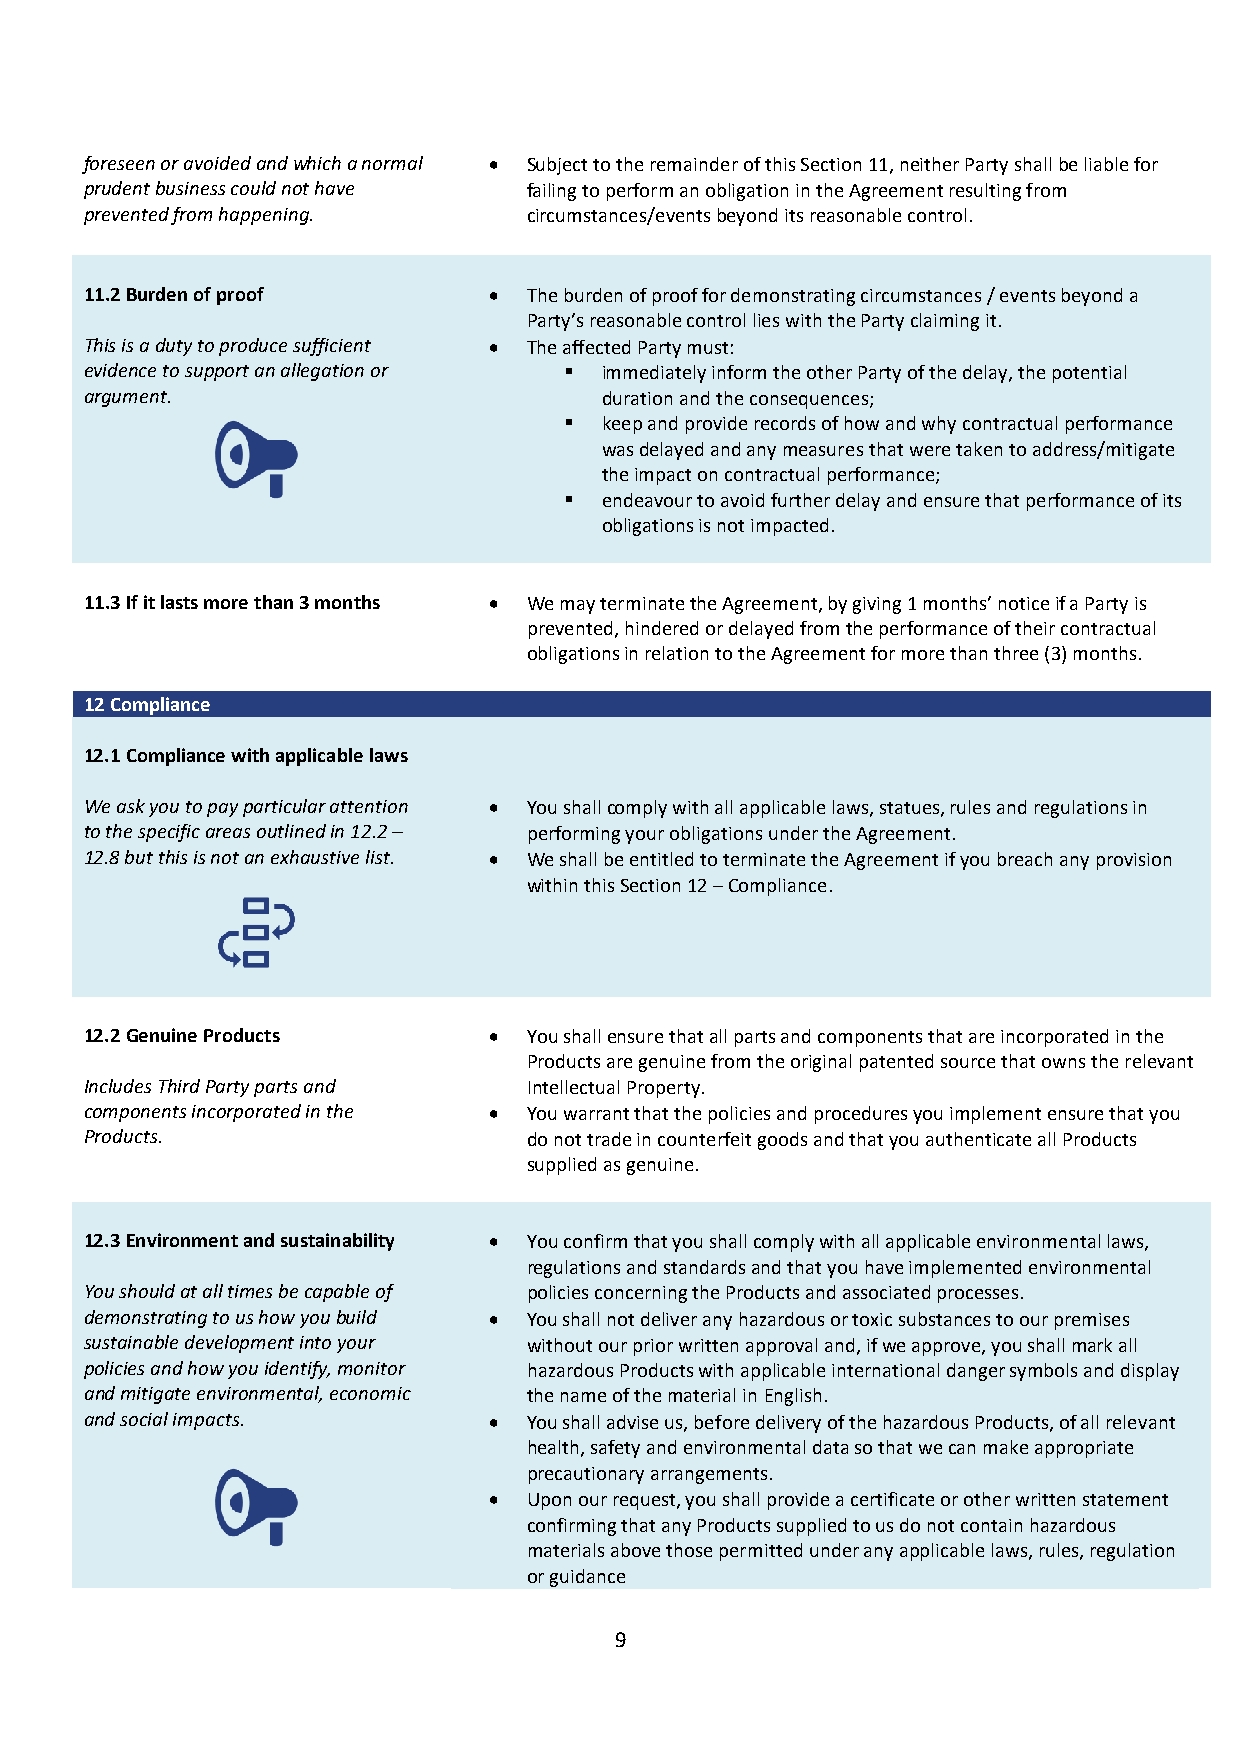
foreseen or avoided and which a normal • Subject to the remainder of this Section 11, neither Party shall be liable for
 prudent business could not have failing to perform an obligation in the Agreement resulting from
 prevented from happening.    circumstances/events beyond its reasonable control.
 11.2 Burden of proof      •  The burden of proof for demonstrating circumstances / events beyond a
 Party’s reasonable control lies with the Party claiming it.
 This is a duty to produce sufficient • The affected Party must:
 evidence to support an allegation or  immediately inform the other Party of the delay, the potential
 argument.                         duration and the consequences;
   keep and provide records of how and why contractual performance
 was delayed and any measures that were taken to address/mitigate
 the impact on contractual performance;
   endeavour to avoid further delay and ensure that performance of its
 obligations is not impacted.
 11.3 If it lasts more than 3 months • We may terminate the Agreement, by giving 1 months’ notice if a Party is
 prevented, hindered or delayed from the performance of their contractual
 obligations in relation to the Agreement for more than three (3) months.
 12 Compliance
 12.1 Compliance with applicable laws
 We ask you to pay particular attention • You shall comply with all applicable laws, statues, rules and regulations in
 to the specific areas outlined in 12.2 – performing your obligations under the Agreement.
 12.8 but this is not an exhaustive list. • We shall be entitled to terminate the Agreement if you breach any provision
 within this Section 12 – Compliance.
 12.2 Genuine Products     •  You shall ensure that all parts and components that are incorporated in the
 Products are genuine from the original patented source that owns the relevant
 Includes Third Party parts and Intellectual Property.
 components incorporated in the • You warrant that the policies and procedures you implement ensure that you
 Products.                    do not trade in counterfeit goods and that you authenticate all Products
 supplied as genuine.
 12.3 Environment and sustainability • You confirm that you shall comply with all applicable environmental laws,
 regulations and standards and that you have implemented environmental
 You should at all times be capable of policies concerning the Products and associated processes.
 demonstrating to us how you build • You shall not deliver any hazardous or toxic substances to our premises
 sustainable development into your without our prior written approval and, if we approve, you shall mark all
 policies and how you identify, monitor hazardous Products with applicable international danger symbols and display
 and mitigate environmental, economic the name of the material in English.
 and social impacts.       •  You shall advise us, before delivery of the hazardous Products, of all relevant
 health, safety and environmental data so that we can make appropriate
 precautionary arrangements.
 •  Upon our request, you shall provide a certificate or other written statement
 confirming that any Products supplied to us do not contain hazardous
 materials above those permitted under any applicable laws, rules, regulation
 or guidance
 9